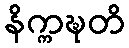
နိက္ကဍ္ဎတိ